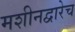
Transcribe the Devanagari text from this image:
मशीनद्वारेच